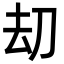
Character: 刧